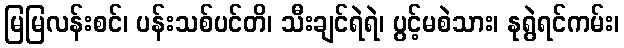
မြမြလန်းစင်၊ ပန်းသစ်ပင်တိ၊ သီးချင်ရဲရဲ၊ ပွင့်မစဲသား၊ နုရွဲရင်ကမ်း၊